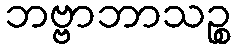
ဘဗ္ဗာဘာသဉ္စ